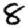
Digit: 8